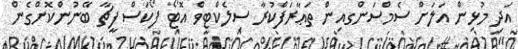
އަދި މުޅިން އަލަށް ސެމްސަންގއިން ތަޢާރަފްކުރާ ސިލެކްޓިވް އޮޓޯ ފޯކަސް ފީޗާ ބޭނުންކޮށްގެން